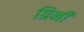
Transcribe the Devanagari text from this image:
ग्रिनी